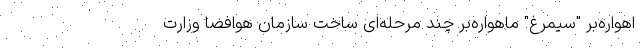
اهواره‌بر "سیمرغ" ماهواره‌بر چند مرحله‌ای ساخت سازمان هوافضا وزارت